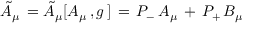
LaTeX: { \tilde { A } } _ { \mu } \, = { \tilde { A } } _ { \mu } [ A _ { \mu } \, , g \, ] \, = \, P _ { - } \, A _ { \mu } \, + \, P _ { + } \, B _ { \mu }